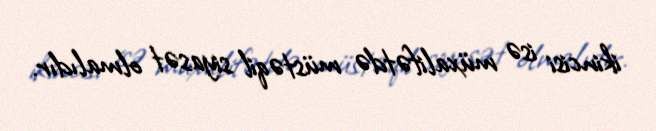
ikincisi isə müxalifətdə müstəqil siyasət olmalıdır.